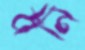
বনি